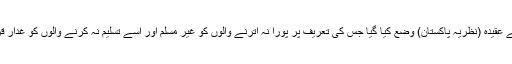
اس کے لیے عقیدہ (نظریہ پاکستان) وضع کیا گیا جس کی تعریف پر پورا نہ اترنے والوں کو غیر مسلم اور اسے تسلیم نہ کرنے والوں کو غدار قرار دیا گیا۔